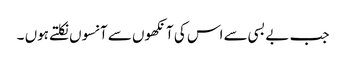
جب بے بسی سے اس کی آنکھوں سے آنسوں نکلتے ہوں ۔